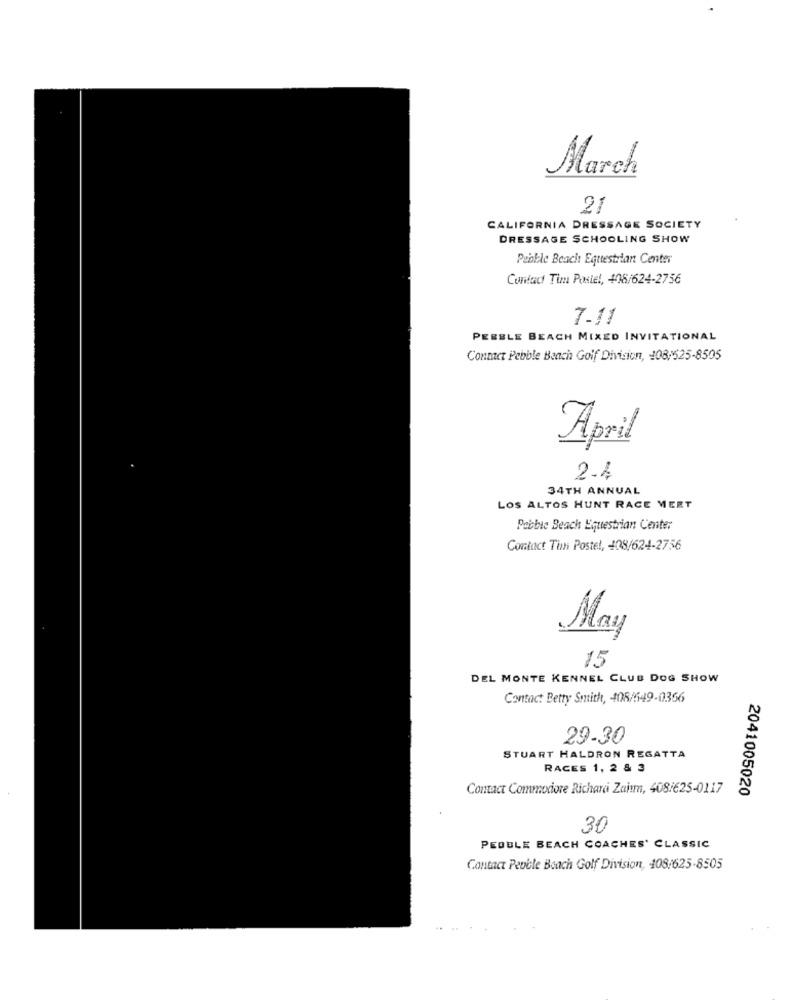
March
21
CALIFORNIA DRESSAGE SOCIETY
DRESSAGE SCHOOLING SHOW
Pebble Beach Egutestitan Center
Contact Tim Postel, 408/624-2756
7-11
PEBBLE BEACH MIXED INVITATIONAL
Contact Pebble Beach Golf Division, 108/525-8505
April
2.4
34TH ANNUAL
LOS ALTOS HUNT RACE MEET
Pebble Beach Equestrian Center
Contact Th Postel, 408/624-2756
May
15
DEL MONTE KENNEL CLUB DOG SHOW
Contact Betty Smith, 408/549-0366
29.30
STUART HALDRON REGATTA
RACES 1, 2 & 3
Contact Commodore Richard Zaim, 408/625-0117
2041005020
30
PEBBLE BEACH COACHES' CLASSIC
Contact Pebble Beach Golf Division, 408/625-8505